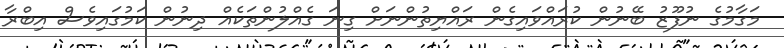
މަގާމުގެ ނުފޫޒު ބޭނުން ކުރައްވައިގެން ރައްޔިތުންނަށް ގިނަ ގެއްލުންތަކެއް ދިނުން ކަމުގައިވެސް އިބްރާ